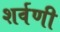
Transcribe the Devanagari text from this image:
शर्वणी